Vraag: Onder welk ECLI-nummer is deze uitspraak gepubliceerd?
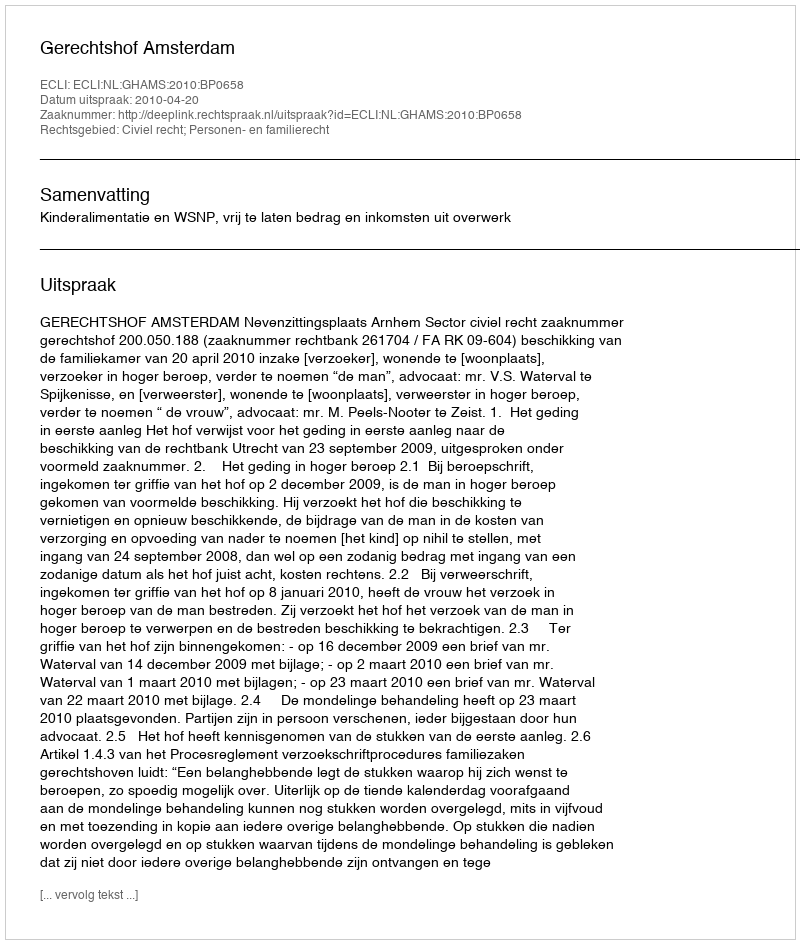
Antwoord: ECLI:NL:GHAMS:2010:BP0658